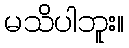
မသိပါဘူး။